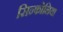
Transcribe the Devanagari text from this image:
सिन्फोनिया